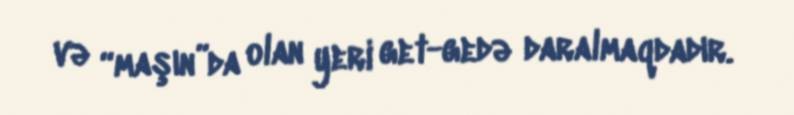
və “maşın”da olan yeri get-gedə daralmaqdadır.